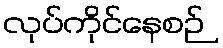
လုပ်ကိုင်နေစဉ်